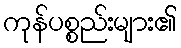
ကုန်ပစ္စည်းများ၏